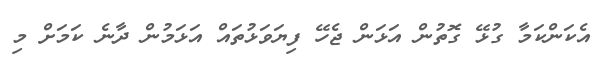
އެކަންކަމާ ގުޅޭ ގޮތުން އަޅަން ޖެހޭ ފިޔަވަޅުތައް އަޅަމުން ދާނެ ކަމަށް މި